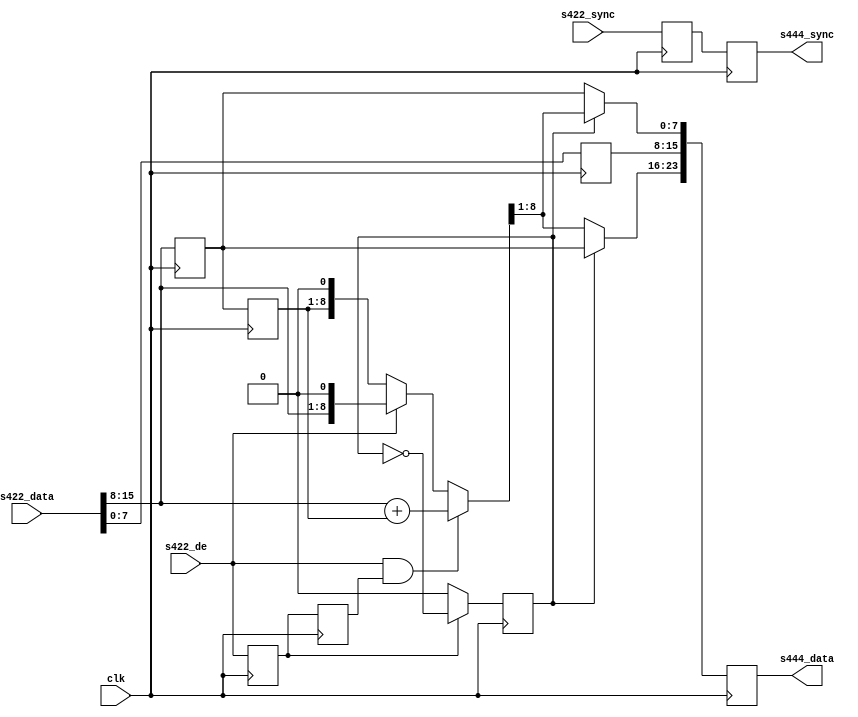
module ad_ss_422to444_2 #(
  parameter   CR_CB_N = 0,
  parameter   DELAY_DATA_WIDTH = 16) (
  input                   clk,
  input                   s422_de,
  input       [DW:0]      s422_sync,
  input       [15:0]      s422_data,
  output  reg [DW:0]      s444_sync,
  output  reg [23:0]      s444_data);
  localparam  DW = DELAY_DATA_WIDTH - 1;
  reg             cr_cb_sel = 'd0;
  reg             s422_de_d = 'd0;
  reg     [DW:0]  s422_sync_d = 'd0;
  reg             s422_de_2d = 'd0;
  reg      [7:0]  s422_Y_d;
  reg      [7:0]  s422_CbCr_d;
  reg      [7:0]  s422_CbCr_2d;
  reg     [ 8:0]  s422_CbCr_avg;
  wire    [ 7:0]  s422_Y;
  wire    [ 7:0]  s422_CbCr;
  assign s422_Y = s422_data[7:0];
  assign s422_CbCr = s422_data[15:8];
  always @(posedge clk) begin
    if (s422_de_d == 1'b1) begin
      cr_cb_sel <= ~cr_cb_sel;
    end else begin
      cr_cb_sel <= CR_CB_N;
    end
  end
  always @(posedge clk) begin
    s422_de_d <= s422_de;
    s422_sync_d <= s422_sync;
    s422_de_2d <= s422_de_d;
    s422_Y_d <= s422_Y;
    s422_CbCr_d <= s422_CbCr;
    s422_CbCr_2d <= s422_CbCr_d;
  end
  always @(s422_de_2d, s422_de, s422_CbCr, s422_CbCr_2d)
  begin
    if (s422_de == 1'b1 && s422_de_2d)
      s422_CbCr_avg <= s422_CbCr + s422_CbCr_2d;
    else if (s422_de == 1'b1)
      s422_CbCr_avg <= {s422_CbCr, 1'b0};
    else
      s422_CbCr_avg <= {s422_CbCr_2d, 1'b0};
  end
  always @(posedge clk) begin
    s444_sync <= s422_sync_d;
    s444_data[15:8] <= s422_Y_d;
    if (cr_cb_sel) begin
      s444_data[23:16] <= s422_CbCr_d;
      s444_data[ 7: 0] <= s422_CbCr_avg[8:1];
    end else begin
      s444_data[23:16] <= s422_CbCr_avg[8:1];
      s444_data[ 7: 0] <= s422_CbCr_d;
    end
  end
endmodule